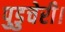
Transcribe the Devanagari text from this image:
पुडुचेरी।